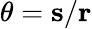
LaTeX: \theta=\mathbf{s}/\mathbf{r}